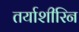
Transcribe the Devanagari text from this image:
तर्याशीरिन